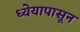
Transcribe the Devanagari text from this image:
ध्येयापासून